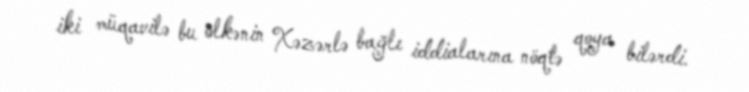
iki müqavilə bu ölkənin Xəzərlə bağlı iddialarına nöqtə qoya bilərdi.